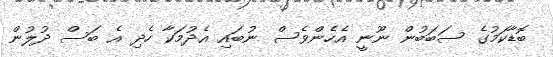
ބޮޑާކަމުގެ ސަބަބުން ނޫނީ އެހެންވެސް ނުބައި އެދުމަކާ ހެދި އެ ބަސް ދުލުން